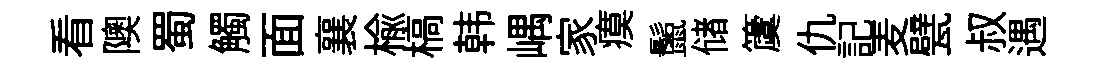
看隩蜀觸面襄楡槁韩嵎家瘼鬛储𥵂仇記麦甓叔遇